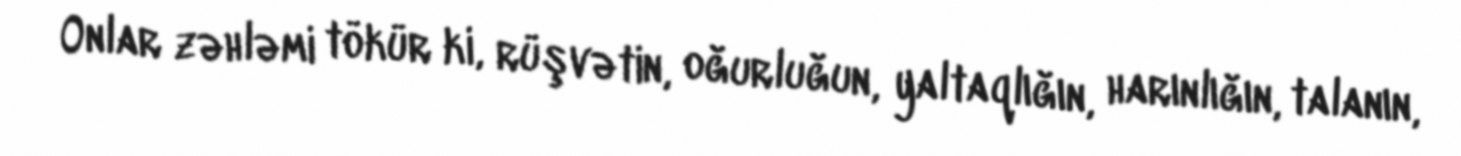
Onlar zəhləmi tökür ki, rüşvətin, oğurluğun, yaltaqlığın, harınlığın, talanın,